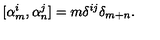
[ \alpha _ { m } ^ { i } , \alpha _ { n } ^ { j } ] = m \delta ^ { i j } \delta _ { m + n } .